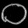
Digit: ၀